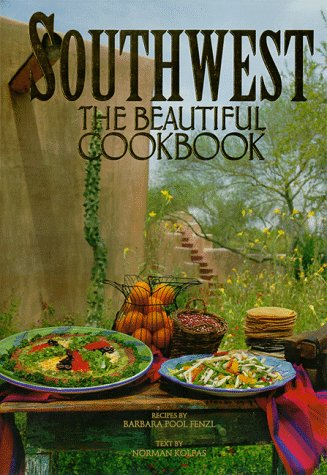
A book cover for Southwest: The Beautiful Cookbook; Barbara P. Fenzl; Cookbooks, Food & Wine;